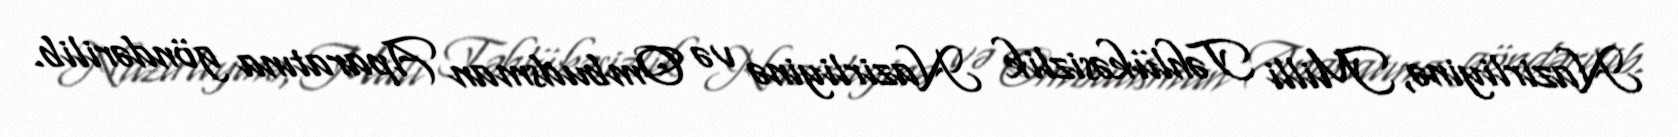
Nazirliyinə, Milli Təhlükəsizlik Nazirliyinə və Ombudsman Aparatına göndərilib.